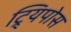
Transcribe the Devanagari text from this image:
ट्र्यिपोस